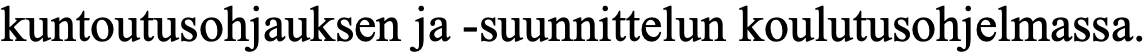
kuntoutusohjauksen ja -suunnittelun koulutusohjelmassa.